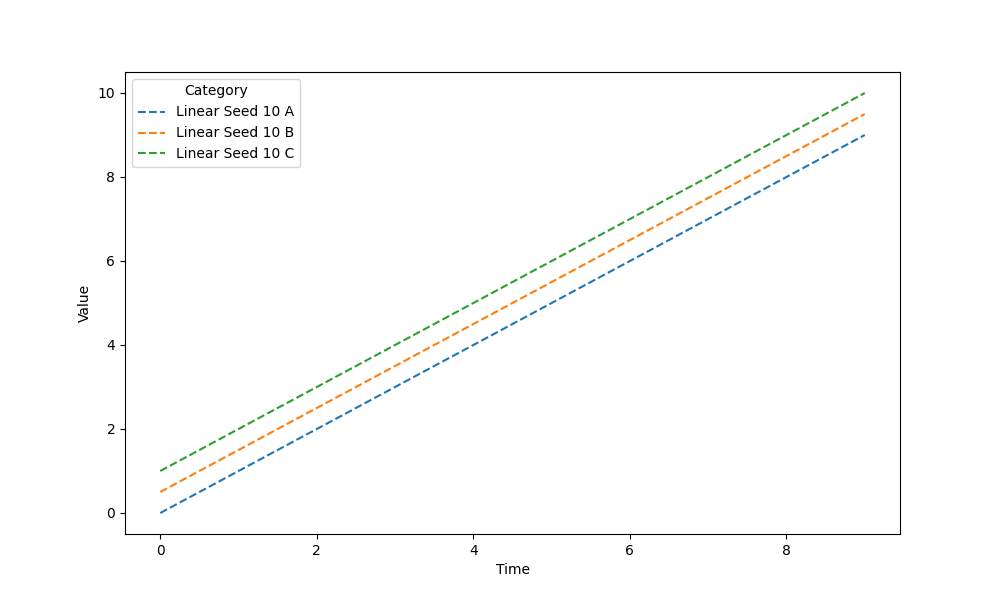
python, seaborn, lineplot, style='dashed', marker='None'